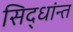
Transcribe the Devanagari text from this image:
सिद्धांन्त